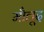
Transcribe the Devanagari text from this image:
मौलूद